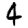
Digit: 4